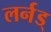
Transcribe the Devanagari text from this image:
लर्नड्